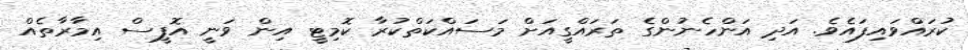
ކުރައްވައިފައެވެ. އަދި އަންހެނުންގެ ތަރައްގީއަށް މަސައްކަތްކުރާ ކޮމިޓީ އިން ވަނީ އޮފީސް އިމާރާތެއް